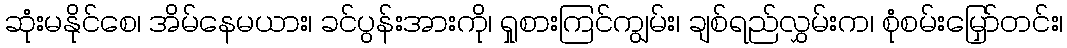
ဆုံးမနိုင်စေ၊ အိမ်နေမယား၊ ခင်ပွန်းအားကို၊ ရှုစားကြင်ကျွမ်း၊ ချစ်ရည်လွှမ်းက၊ စုံစမ်းမြှော်တင်း၊